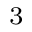
_ 3